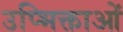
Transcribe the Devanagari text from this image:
उप्भिक्ताओं